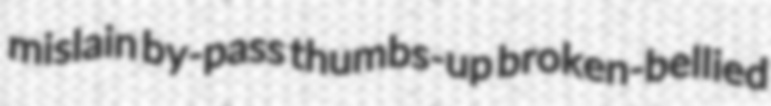
mislain by-pass thumbs-up broken-bellied